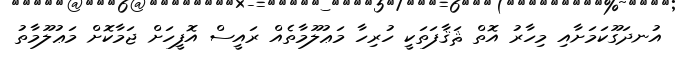
އުނދަގޫކަމަށާއި މިހާރު އޮތް ޘަޤާފަތަކީ ހުރިހާ މަޢުލޫމާތެއް ރައީސް އޮފީހަށް ޖަމާކޮށް މަޢުލޫމާތު